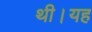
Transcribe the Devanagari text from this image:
थी।यह